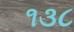
૧૩૮